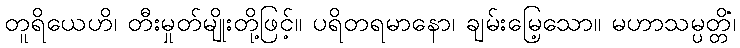
တူရိယေဟိ၊ တီးမှုတ်မျိုးတို့ဖြင့်။ ပရိတရမာနော၊ ချမ်းမြေ့သော။ မဟာသမ္ပတ္တိံ၊